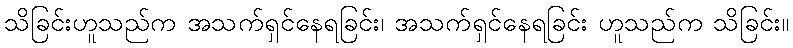
သိခြင်းဟူသည်က အသက်ရှင်နေရခြင်း၊ အသက်ရှင်နေရခြင်း ဟူသည်က သိခြင်း။